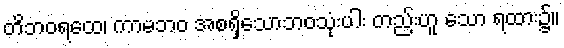
တိဘဝရထေ၊ ကာမဘဝ အစရှိသောဘဝသုံးပါး တည်းဟူ သော ရထား၌။